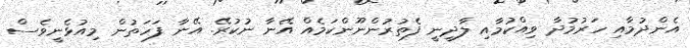
އެންދުމާއި ހަރުމުދާ ވިއްކުމާއި ލާދީނީ ފެތުރުންނޫންކަމެއް އޭނާ ނުކުރޭ. އޭނާ ފަހަތުން މިއުޅެނީވެސް